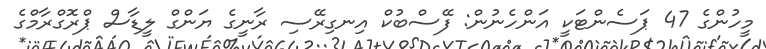
މީހުންގެ 47 ޕަސެންޓަކީ އަންހެނުން: ފޭސްބުކް އިނގިރޭސި ރާނީގެ ޔަންގް ލީޑާސް ޕްރޮގްރާމްގެ